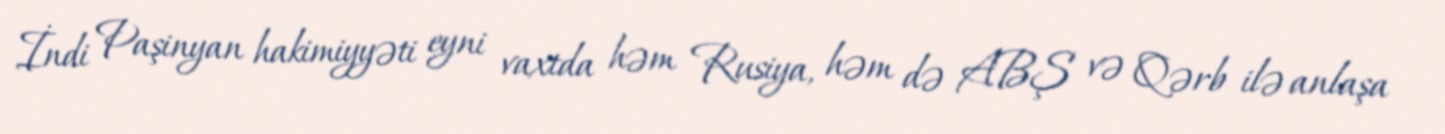
İndi Paşinyan hakimiyyəti eyni vaxtda həm Rusiya, həm də ABŞ və Qərb ilə anlaşa